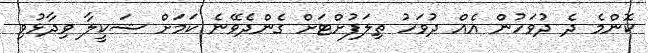
ކޮންމެ ދެ ދުވަހުން އެއް ދުވަހު ތިލަފުށްޓަށް ގެންދެވޭނެ ކަމަށް ޝަކީލާ ވިދާޅުވި